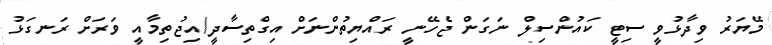
މޭޔަރު ވިދާޅުވީ ސިޓީ ކައުންސިލް ނަގަން ޖެހޭނީ ރައްޔިތުންނަށް އިގްތިސާދީ/އިޖުތިމާއީ ވަރަށް ރަނގަޅު